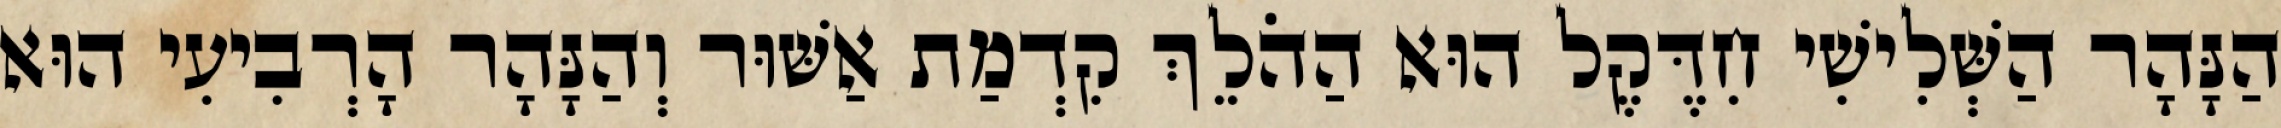
הַנָּהָר הַשְּׁלִישִׁי חִדֶּקֶל הוּא הַהֹלֵךְ קִדְמַת אַשּׁוּר וְהַנָּהָר הָרְבִיעִי הוּא